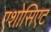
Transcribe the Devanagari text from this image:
एशोसिएट